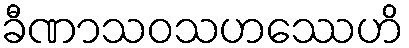
ခီဏာသဝသဟဿေဟိ